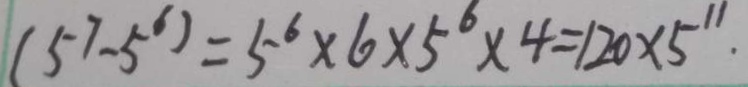
( 5 ^ { 7 } - 5 ^ { 6 } ) = 5 ^ { 6 } \times 6 \times 5 ^ { 6 } \times 4 = 1 2 0 \times 5 ^ { 1 1 } .